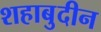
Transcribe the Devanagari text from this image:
शहाबुदीन